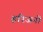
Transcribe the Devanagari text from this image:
हरिजनो